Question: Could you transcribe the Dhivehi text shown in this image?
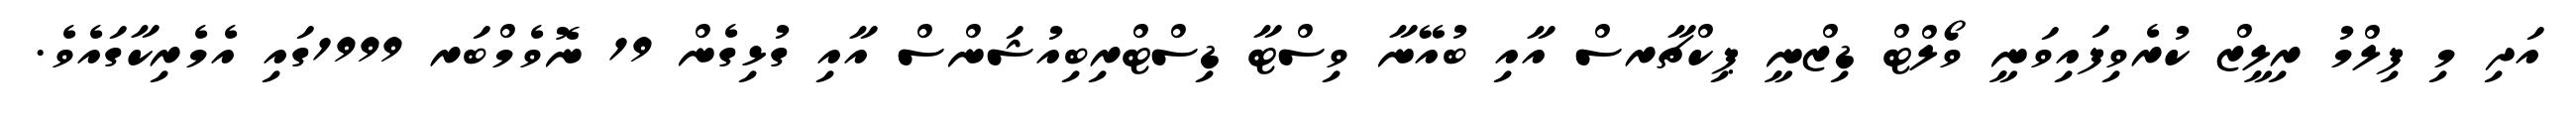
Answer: އަދި މި ފިލްމު ރިލީޒް ކުރެވިފައިވަނީ ވޯލްޓް ޑިޒްނީ ޕިކްޗާރސް އާއި ބުއޭނާ ވިސްޓާ ޑިސްޓްރިބިއުޝަންސް އާއި ގުޅިގެން 19 ނޮވެމްބަރ 1999ގައި އެމެރިކާގައެވެ.